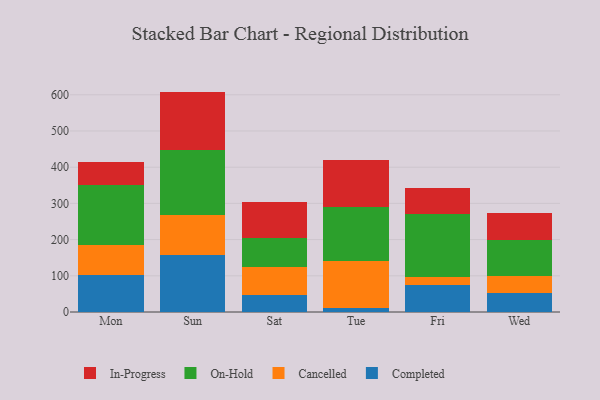
{"axis": {"x": "Day", "y": "Active Users"}, "legend": ["Cancelled", "Completed", "In-Progress", "On-Hold"], "data": [{"x": "Mon", "y": 101.6, "type": "Completed"}, {"x": "Mon", "y": 84.7, "type": "Cancelled"}, {"x": "Mon", "y": 163.5, "type": "On-Hold"}, {"x": "Mon", "y": 64.2, "type": "In-Progress"}, {"x": "Sun", "y": 158.8, "type": "Completed"}, {"x": "Sun", "y": 109.6, "type": "Cancelled"}, {"x": "Sun", "y": 179.3, "type": "On-Hold"}, {"x": "Sun", "y": 161.1, "type": "In-Progress"}, {"x": "Sat", "y": 45.9, "type": "Completed"}, {"x": "Sat", "y": 77.7, "type": "Cancelled"}, {"x": "Sat", "y": 80.9, "type": "On-Hold"}, {"x": "Sat", "y": 99.5, "type": "In-Progress"}, {"x": "Tue", "y": 11.6, "type": "Completed"}, {"x": "Tue", "y": 130.4, "type": "Cancelled"}, {"x": "Tue", "y": 147.0, "type": "On-Hold"}, {"x": "Tue", "y": 130.1, "type": "In-Progress"}, {"x": "Fri", "y": 73.3, "type": "Completed"}, {"x": "Fri", "y": 23.3, "type": "Cancelled"}, {"x": "Fri", "y": 175.3, "type": "On-Hold"}, {"x": "Fri", "y": 71.7, "type": "In-Progress"}, {"x": "Wed", "y": 52.1, "type": "Completed"}, {"x": "Wed", "y": 48.2, "type": "Cancelled"}, {"x": "Wed", "y": 98.4, "type": "On-Hold"}, {"x": "Wed", "y": 75.2, "type": "In-Progress"}]}